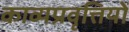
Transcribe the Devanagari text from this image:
काव्यप्रवृत्तियों